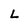
Character: L